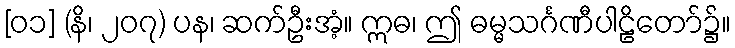
[၀၁] (နိ၊ ၂၀၇) ပန၊ ဆက်ဦးအံ့။ ဣဓ၊ ဤ ဓမ္မသင်္ဂဏီပါဠိတော်၌။